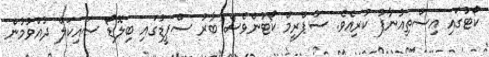
ކޯޓުގައި އިސްތިއުނާފު ކުރިއެވެ. ސުޕްރީމް ކޯޓުންވެސް ބާރު ސްޕީޑުގައި ބިލޮޑޯ ސައިކަލް ދުއްވުމުން